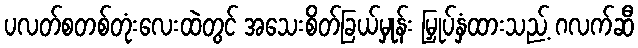
ပလတ်စတစ်တုံးလေးထဲတွင် အသေးစိတ်ခြယ်မှုန်း မြှုပ်နှံထားသည့် ဂလက်ဆီ